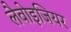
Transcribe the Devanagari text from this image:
लैवोइजियर